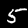
Digit: 5